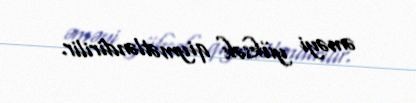
əməyi yüksək qiymətləndirilir.